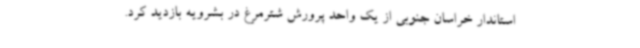
استاندار خراسان جنوبی از یک واحد پرورش شترمرغ در بشرویه بازدید کرد.